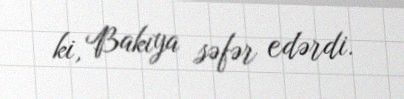
ki, Bakıya səfər edərdi.